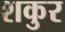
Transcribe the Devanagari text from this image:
शकुर